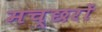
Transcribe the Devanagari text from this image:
मच्‍छरों